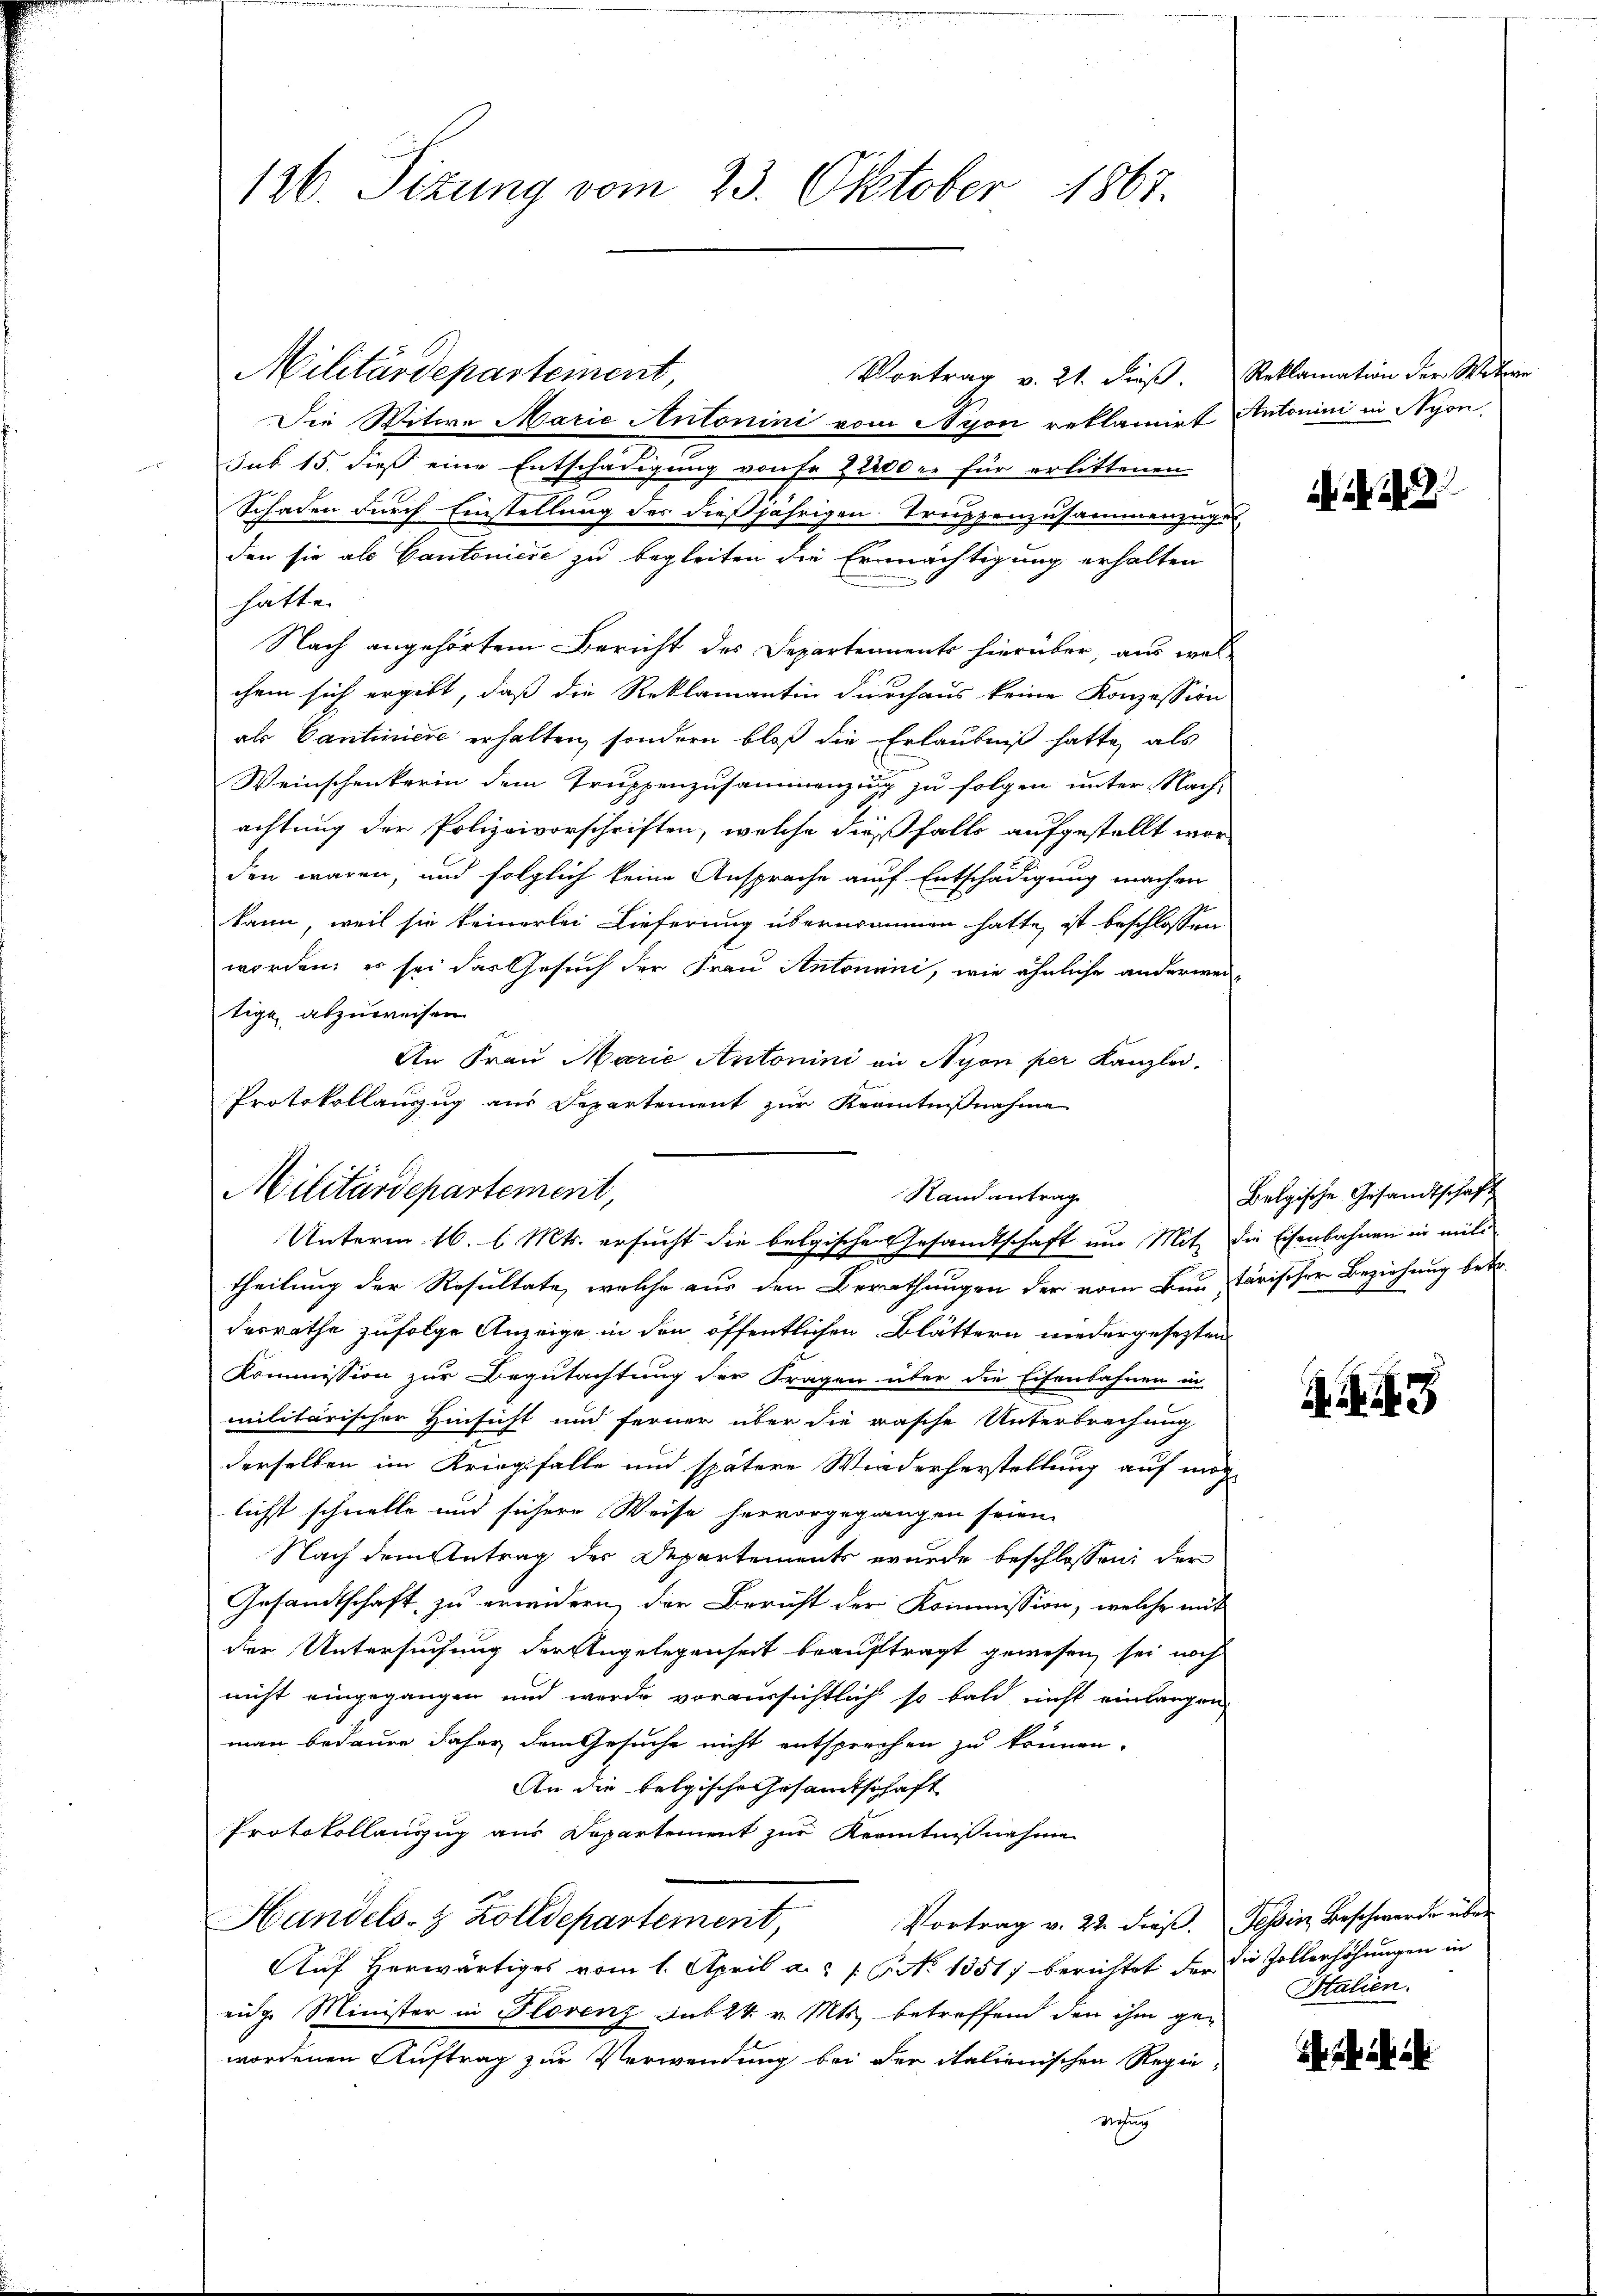
126. Sizung vom 23. Oktober 1867.

Militärdepartement,
Vortrag v. 21. dieß.
Die Witwe Marie Antonini vom Nyon reklamirt
sub 15. dieß eine Entschädigung von fr 22200 er für erlittenen
Schaden durch Einstellung der dießjährigen Truppenzusammenzuge
den sie als Cantoniere zu begleiten die Ermächtigung erhalten
hätte.
Nach angehörtem Bericht des Departements hierüber, aus wel-
chem sich ergibt, daß die Reklamantin durchaus keine Konzession
als Cantiniere erhalten, sondern bloß die Erlaubniß hatte, als
Weinschenkerin dem Truppenzusammenzung zu folgen unter Nach-
achtung der Polizeivorschriften, welche dießfalls aufgestellt worden waren, und folglich keine Ansprache auf Entschädigung machen
kann, weil sie keinerlei Lieferung übernommen hatte, ist beschlossen
worden, es sei das Gesuch der Frau Antonini, wie ähnliche anderweitige abzuweisen.
An Frau Marie Antonini an Nyon per Kanzlei.
theilung der Resultate, welche aus den Berathungen der vom Bau starischer Beziehung betr.
desrathe zufolge Anzeige in den öffentlichen Blättern niedergesezten
Kommission zur Begutachtung der Fragen über die Eisenbahnen in
militärischer Hinsicht und ferner über die rasche Unterbrechung
derselben im Kriegsfalle und spätere Wiederherstellung auf mic
lichst schnelle und sichere Weise hervorgegangen seien.
Nach dem Antrag der Departements wurde beschlossen, der
Gesandtschaft zu erwidern, der Bericht der Kommission, welche mit
der Untersuchung der Angelegenheit beauftragt gewesen, sei noch
nicht eingegangen und werde voraussichtlich so bald nicht einlangen,
man bedauer daher dem Gesuche nicht entsprechen zu können.
An die belgische Gesandtschaft
Protokollauszug aus Departement zur Kenntnißnahme
Handels- & Zolldepartement,
Vortrag v. 22 dieß. Tessin Beschwerde über
Auf herwärtiges vom 1. April a. 16. No 1351) berichtet der die Zollerhöhungen in
eidge Minister in Plovenz Subst. v. Mts. betreffend den ihm ge-
wordenen Auftrag zur Verwendung bei der italienischen Regie¬
Nehung

Protokollauszug aus Departement zur Kenntnißnahme
Militärdepartement,
Randantrag
Unterm 16. l. Mts. ersucht die belgische Gesandtschaft um Mit die Eisenbahnen in mit

Reklamation der Witwe
Antonini in Nyon,

i. d. 28

Belgische Gesandtschaft

8

Italien.